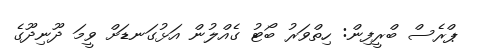
ޕްރެސް ބްރީފިން: ހިތްވަރު ބޯޓު ގެއްލުން އަޅުގަނޑަށް ވީމަ ދޫނިދޫގެ